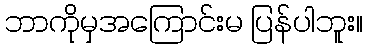
ဘာကိုမှအကြောင်းမ ပြန်ပါဘူး။